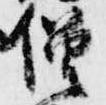
僧